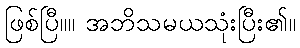
ဖြစ်ပြီ။။ အဘိသမယသုံးပြီး၏။